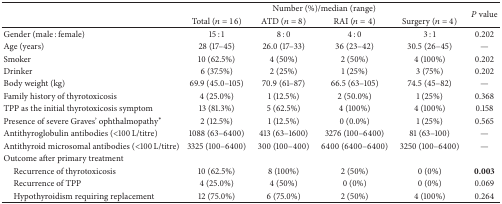
<table><thead><tr><td><b> </b></td><td colspan="4"><b>Number (%)/median (range)</b></td><td rowspan="2"><b><i>P</i> value</b></td></tr><tr><td><b> </b></td><td><b>Total (<i>n</i> = 16)</b></td><td><b>ATD (<i>n</i> = 8)</b></td><td><b>RAI (<i>n</i> = 4)</b></td><td><b>Surgery (<i>n</i> = 4)</b></td></tr></thead><tbody><tr><td>Gender (male : female)</td><td>15 : 1</td><td>8 : 0</td><td>4 : 0</td><td>3 : 1</td><td>0.202</td></tr><tr><td>Age (years)</td><td>28 (17–45)</td><td>26.0 (17–33)</td><td>36 (23–42)</td><td>30.5 (26–45)</td><td>—</td></tr><tr><td>Smoker</td><td>10 (62.5%)</td><td>4 (50%)</td><td>2 (50%)</td><td>4 (100%)</td><td>0.202</td></tr><tr><td>Drinker</td><td>6 (37.5%)</td><td>2 (25%)</td><td>1 (25%)</td><td>3 (75%)</td><td>0.202</td></tr><tr><td>Body weight (kg)</td><td>69.9 (45.0–105)</td><td>70.9 (61–87)</td><td>66.5 (63–105)</td><td>74.5 (45–82)</td><td>—</td></tr><tr><td>Family history of thyrotoxicosis</td><td>4 (25.0%)</td><td>1 (12.5%)</td><td>2 (50.0%)</td><td>1 (25%)</td><td>0.368</td></tr><tr><td>TPP as the initial thyrotoxicosis symptom</td><td>13 (81.3%)</td><td>5 (62.5%)</td><td>4 (100%)</td><td>4 (100%)</td><td>0.158</td></tr><tr><td>Presence of severe Graves&#x27; ophthalmopathy∗</td><td>2 (12.5%)</td><td>1 (12.5%)</td><td>0 (0.0%)</td><td>1 (25%)</td><td>0.565</td></tr><tr><td>Antithyroglobulin antibodies (&lt;100 L/titre)</td><td>1088 (63–6400)</td><td>413 (63–1600)</td><td>3276 (100–6400)</td><td>81 (63–100)</td><td>—</td></tr><tr><td>Antithyroid microsomal antibodies (&lt;100 L/titre)</td><td>3325 (100–6400)</td><td>300 (100–400)</td><td>6400 (6400–6400)</td><td>3250 (100–6400)</td><td>—</td></tr><tr><td>Outcome after primary treatment</td><td> </td><td> </td><td> </td><td> </td><td> </td></tr><tr><td> Recurrence of thyrotoxicosis</td><td>10 (62.5%)</td><td>8 (100%)</td><td>2 (50%)</td><td>0 (0%)</td><td><b>0.003</b></td></tr><tr><td> Recurrence of TPP</td><td>4 (25.0%)</td><td>4 (50%)</td><td>0 (0%)</td><td>0 (0%)</td><td>0.069</td></tr><tr><td> Hypothyroidism requiring replacement</td><td>12 (75.0%)</td><td>6 (75.0%)</td><td>2 (50%)</td><td>4 (100%)</td><td>0.264</td></tr></tbody></table>